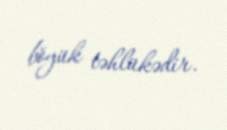
böyük təhlükədir.